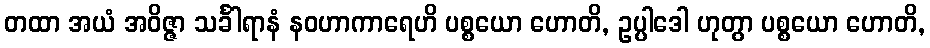
တထာ အယံ အဝိဇ္ဇာ သင်္ခါရာနံ နဝဟာကာရေဟိ ပစ္စယော ဟောတိ, ဥပ္ပါဒေါ ဟုတွာ ပစ္စယော ဟောတိ,